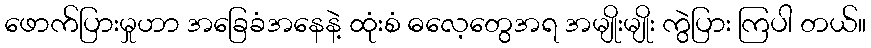
ဖောက်ပြားမှုဟာ အခြေခံအနေနဲ့ ထုံးစံ ဓလေ့တွေအရ အမျိုးမျိုး ကွဲပြား ကြပါ တယ်။